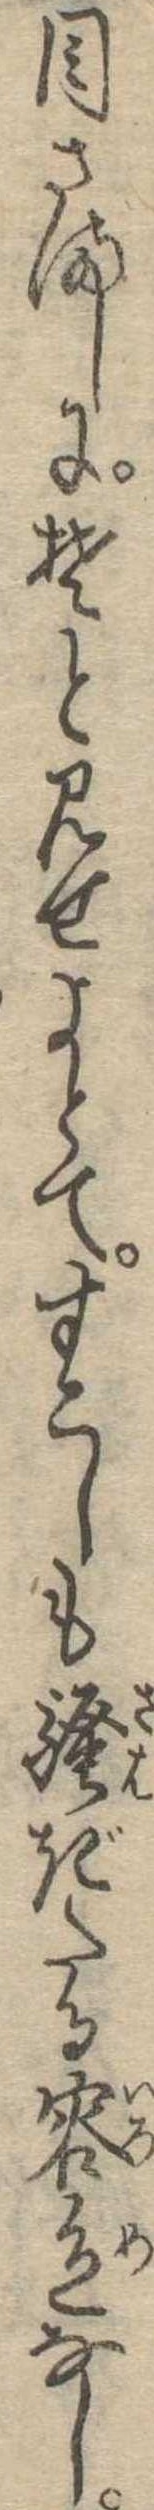
目さましにそと見せよとてすこしも騒ぎたる容色なし